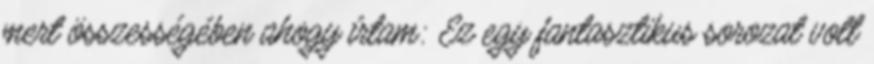
mert összességében ahogy írtam: Ez egy fantasztikus sorozat volt